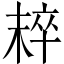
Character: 𣖢